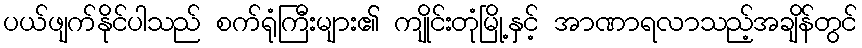
ပယ်ဖျက်နိုင်ပါသည် စက်ရုံကြီးများ၏ ကျိုင်းတုံမြို့နှင့် အာဏာရလာသည့်အချိန်တွင်